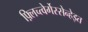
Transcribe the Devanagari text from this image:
फ़्लिच्त्वेर्गेस्सेन्हेइत